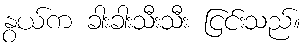
နွယ်က ခါးခါးသီးသီး ငြင်းသည်။